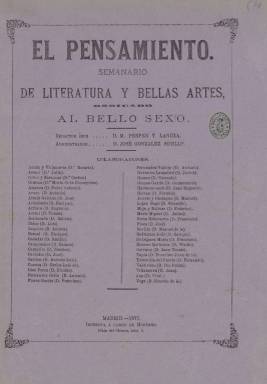
Título: El Pensamiento (Madrid. 1877)
Colección: Revistas femeninas
Ámbito geográfico: Madrid
Lugar de publicación: Madrid
Fechas: 04/02/1877-08/09/1877

Con el subtítulo “semanario de literatura y bellas artes, dedicado al bello sexo”, aparece su primer número el cuatro de febrero de 1877, con un cuadro de colaboradores cercano al medio centenar y colocando a cuatro escritoras al frente del mismo: Rosario Acuña y Villanueva, María de la Concepción Gimeno, Julia de Asensi y Carlota Cobos y Zaragoza, aunque sólo aparecerán sendas composiciones poéticas de éstas dos últimas, además de las de Carolina Bedsley. Será una publicación alejada de la política y centrada en lo literario, aunque dirigida a “los lectores”, tal como expresa su artículo de introducción, firmado por el tipógrafo y dramaturgo Francisco Flores y García (1845-1917). Su primer director-propietario es Pedro Pacheco y Juan, que pronto abandona la publicación para abrir bufete de abogado en Madrid. Como redactor-jefe figura al principio Mariano Perpén y Lanuza (1846-1917) y como administrador, José González Sotillo (-1882).

Sus entregas comienzan siendo de ocho páginas, compuestas a dos columnas, en donde se alternan textos en prosa y en verso, y entre los primeros, artículos de costumbres o de creación literaria y crónicas de la actividad social, literaria, teatral y artística, además de variedades, charadas, epigramas o enigmas. Tendrá algunas secciones, como Ecos de la semana y Revista artístico-literaria, y publicará en serie la novela de costumbres El carnaval de la vida, original de Carmelo Gómez García. También publican en sus páginas Tomás de Asensi, Nicolás Díez Pérez, Javier Govantes Lamadrid, Manuel Jorreto y Paniagua, José Plaza Claramunt, Francisco Rodríguez Marín, Waldo Romero Quiñones, Francisco Juan de la Tapia, Enrique Arredondo, Ramón Ibáñez Abellán, Enrique Jiménez de Quirós, Nicolás Taboada Fernández, Justo de la Fuente y Esquer, Regino Sántos Ovella o Narciso Serra, entre otros.

A partir de su entrega número 14, de 22 de mayo, el periódico cambia de empresa y redacción, y en la misma se señala que “perderá su carácter exclusivista que ha tenido, dejando de ser dedicado al bello sexo, para consagrarse a todas las esferas sociales,”, e incorporando el humor. A partir del número siguiente, de dos de junio, aparecerá cada sábado, aumentando su tamaño y componiéndose a tres columnas.

La propiedad y la dirección pasa entonces al periodista y crítico José Novi y Pereda (1839-1878), que en 1878 fundará también la revista infantil La ilustración de los niños. Su colaborador Julián L. Peño Carrero será el nuevo director literario, apareciendo en su nuevo cuadro de colaboradores y  como “pintores” Carmelo Gómez García, Julián García Alcañiz, Vital Aza, Eusebio Sierra y Antonio Sánchez Ramos, y como “aprendices”, Carlos Buil, Felipe Mariño del Valle, Gerónimo Beckor, Justo Sanjurjo y López y Ventura Ruiz Aguilera. Colaboran también, entre otros, Remigio Culebras, Juan Álvarez Guerra, Rafael Carrera, Federico Lafuente, Nicanor Cilla y Arranz, A. Sánchez Ramón, Alberto Díaz de la Quintana, Leonardo Cabellos de Cifuentes, Concepción Palacios o Dolores Montaut y Trigueros. Incorpora además viñetas humorísticas firmadas por el dibujante Mariano Urrutia (-1894), y abre las nuevas secciones Teatros, Revista de Madrid y Brochazos.

Su cabecera va ahora adornada con un grabado a color, hasta que el 30 de junio lo sustituye por otro, también en color, e indica bajo el mismo “escrito por pintores de brocha gorda”, expresando así el sentido festivo y humorístico que había adoptado. Continúa así hasta su entrega número 25, de once de agosto, cuando modifica de nuevo la viñeta de su cabecera (ahora estampada en blanco y negro) y el subtítulo, denominándose ahora “semanario recreativo, artístico y literario”, además de incluir las denominaciones “armonías”, “indirectas”, “brochazos”, “semblanzas”, “caricaturas” y “tipos al natural”, y encargándose de la dirección el periodista y crítico Vicente Doroteo Bordanova (-1897). Así seguirá publicándose hasta su entrega número 30, del ocho de septiembre, para a continuación ser sustituido por el semanario Fray Verás, que continuará además su secuencia numérica, y que también forma parte de la colección de la Biblioteca Nacional de España.

El Pensamiento, en el que se dieron cita al principio algunos periodistas republicanos y tuvo diversas modificaciones en su corta vida, forma parte del elevado número de publicaciones de carácter literario, pero también festivo, de estos primeros años de la Restauración. Fue también cambiando de imprenta madrileña en donde estamparse, empezando por la que estaba a cargo de Montero, en la plaza del Carmen, y pasando también por la de la Sociedad de Tipógrafos y la de los impresores Velasco y Romero.